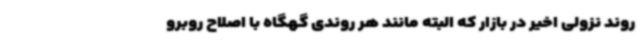
روند نزولی اخیر در بازار که البته مانند هر روندی گهگاه با اصلاح روبرو